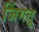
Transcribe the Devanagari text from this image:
जिंगतू